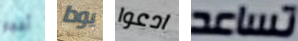
أحجار يودا ادعوا تساعد